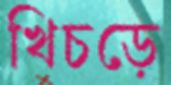
খিচড়ে